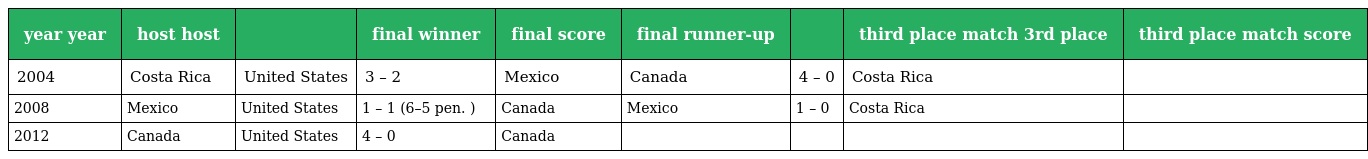
| year year | host host |  | final winner | final score | final runner-up |  | third place match 3rd place | third place match score |
 | --- | --- | --- | --- | --- | --- | --- | --- | --- |
 | 2004 | Costa Rica | United States | 3 – 2 | Mexico | Canada | 4 – 0 | Costa Rica |  |
 | 2008 | Mexico | United States | 1 – 1 (6–5 pen. ) | Canada | Mexico | 1 – 0 | Costa Rica |  |
 | 2012 | Canada | United States | 4 – 0 | Canada |  |  |  |  |